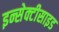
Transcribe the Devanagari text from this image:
इन्सेक्टीसाइड